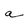
Character: a